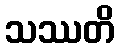
သဿတိ